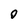
Character: 0